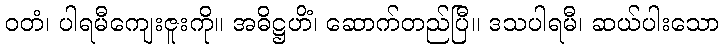
ဝတံ၊ ပါရမီကျေးဇူးကို။ အဓိဋ္ဌဟိံ၊ ဆောက်တည်ပြီ။ ဒသပါရမီ၊ ဆယ်ပါးသော